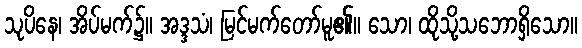
သုပိနေ၊ အိပ်မက်၌။ အဒ္ဒသံ၊ မြင်မက်တော်မူ၏။ သော၊ ထိုသို့သဘောရှိသော။